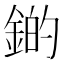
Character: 𫒫